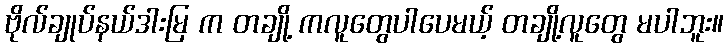
ဗိုလ်ချုပ်နယ်ဒါးမြ က တချို့ ကလူတွေပါပေမယ့် တချို့လူတွေ မပါဘူး။